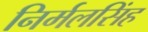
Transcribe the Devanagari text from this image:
निर्मलसिंह